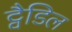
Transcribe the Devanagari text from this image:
ट्वैडिल